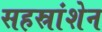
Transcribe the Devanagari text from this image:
सहस्रांशेन